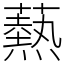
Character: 爇